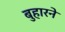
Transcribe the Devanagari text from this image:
बुहारने